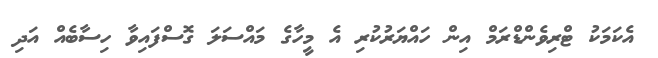
އެކަމަކު ޓްރިވެންޑްރަމް އިން ހައްޔަރުކުރި އެ މީހާގެ މައްސަލަ ގޮސްފައިވާ ހިސާބެއް އަދި